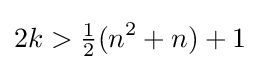
2k>{\tfrac {1}{2}}(n^{2}+n)+1